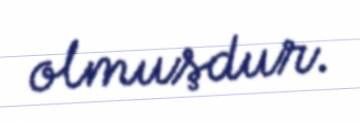
olmuşdur.